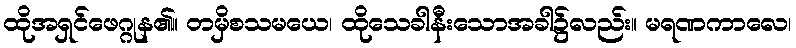
ထိုအရှင်ဖေဂ္ဂုန၏။ တမှိစသမယေ၊ ထိုသေခါနီးသောအခါ၌လည်း။ မရဏကာလေ၊